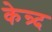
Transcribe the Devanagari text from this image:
केन्र्द